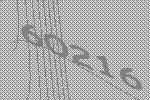
60216